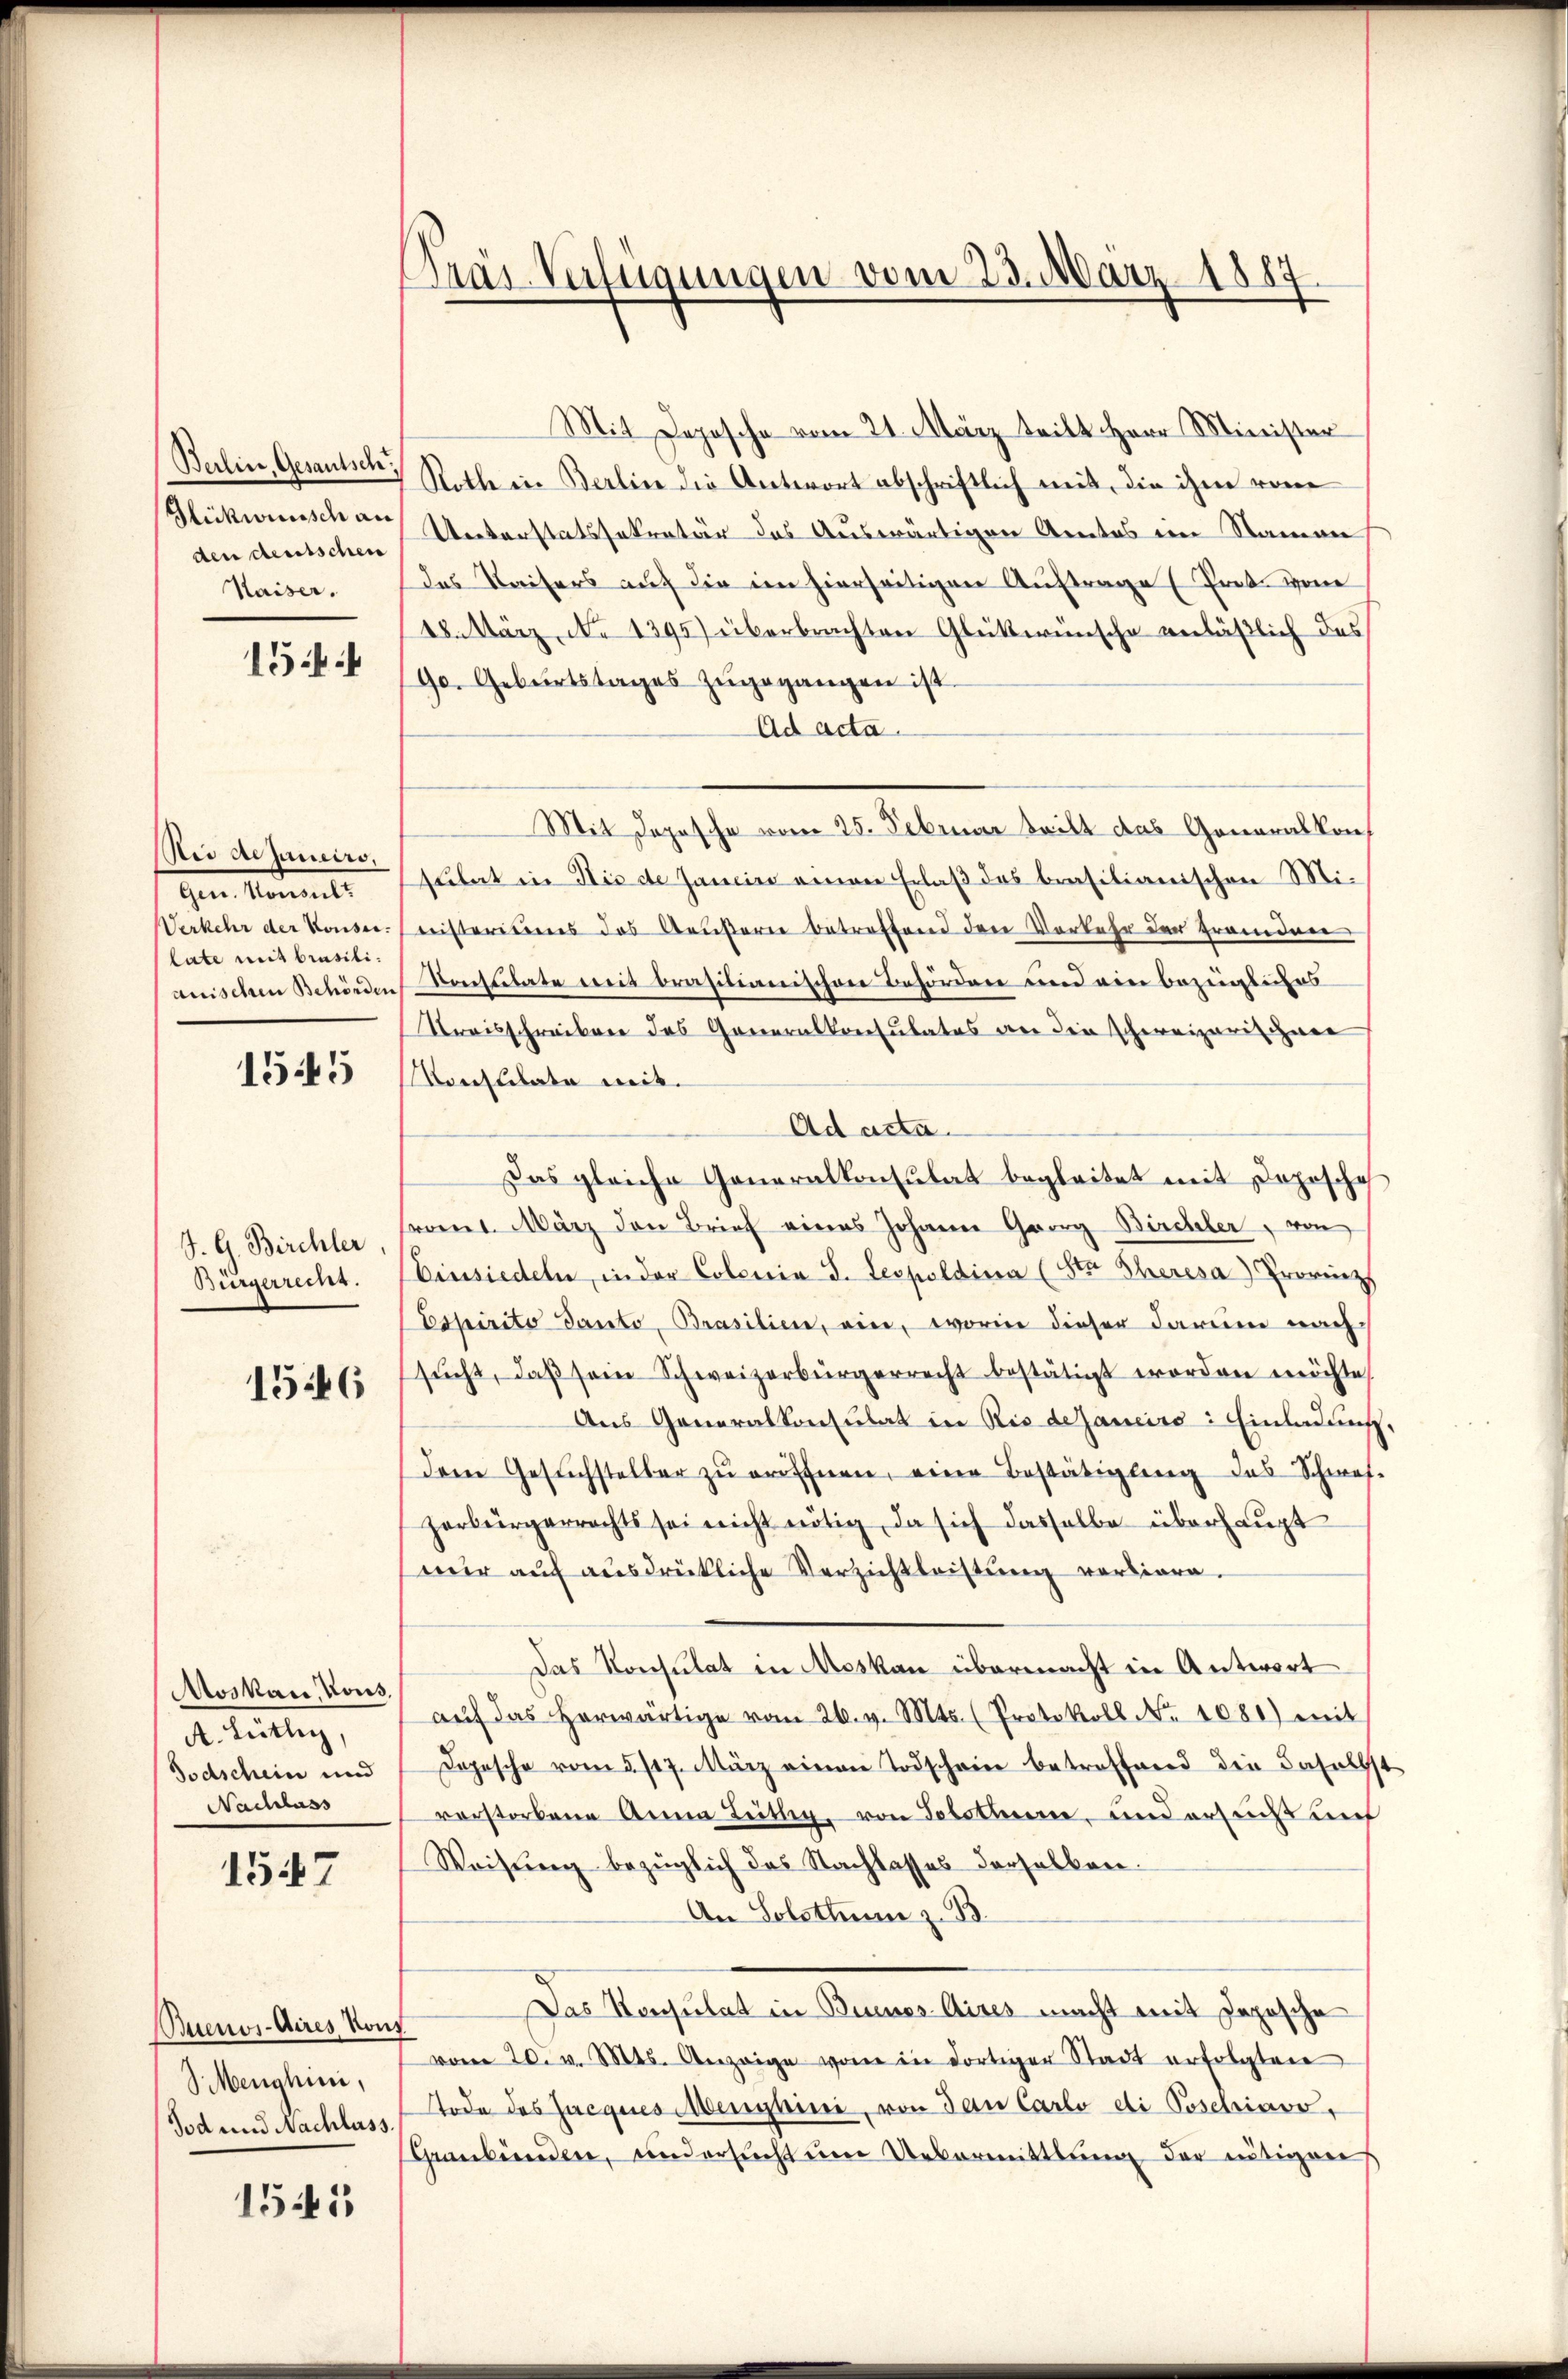
Berlin, Gesantsch,
Glükwünsch an
den deutschen
Kaiser.

154

Bei dejanciro.
gem. Kammel
Verkehr der Konse-
late mit brasiliauischen Behörder

1545

J. G. Birchler.
Bürgerrecht.

1546

Moskau, Kous,
A. Linthey,
Todschein und
Nachlass

1547

Buenos-Aires von
Senghini,
Tod und Nachlass.

155

Pras Verfügungen vom 23. März 1887

Mit Deposche vom 21. März teilt Herr Minister
Rothe in Berlin die Antwort abschriftlich mit, die ihme von
Unterstatssekretär das Auswärtigen Arnetes im Namen
das Kaisers auf die im hierseitigen Auftrage (Prot. von
18. März, No 1395) überbrachten Glükwünsche verläßlich das
90. Geburtstages zŭgegangen ist.
Ad acta.
Mit Dopische vom 25. Februar teilt das Generalkon
sulat in die de Janein einen Erlaß des brasilianischen Minristeriums das Aeußere betreffend den Vorkehr der Grandner
Konsulate mit brasilianischen Behörden und ein bezügliches
Streisschreiben das Generalkonsulates an die schweizerischwer
Konflikte mit
Ad acta.
Das gleiche Generalkonsulat begleitet mit Deposche
romt. März den Brief eines Johann Georg Birchler, von
Einsiedeln, in der Colonia d. Leopoldina (Str. Theresa) Provinz
Espirito Ganto, Brasilien, ein, worin dieser darum nach
sŭcht, daβ sein Schweizerbürgerrecht bestätigt worden möchte
Aus Generalkonsulat in Rio dejaneiro : Einladung,
dem Gesŭchsteller zŭ eröffnen, eine Bestätigung des Schmes-
zerbürgerrechts sei nicht nötig, da sich dasselbe überhaupt
nur auf ausdrückliche Verzichtleistung vorliere.
Das Konsulat in Moskau übermacht in Antwort
aŭf das herwärtige vom 26. v. Mts. (Protokoll No 1080) mit
Dopesche vom 5. 117. März einen Todschein betroffend die Baselbst
vorstorbene Anna Lüthig, von Solothur, und ersucht und
Weisung bezüglich das Nachlasses derselben.
An Solothurn z. B.
Das Konsulat in Buenos Aires macht mit Japosche
vom 20. v. Mts. Anzeige von in dortiger Stadt erfolgten
Tode des Jacques Menghini, von dan Carlo di Poschiavo,
Graubünden, und ersucht um Uebermittlung der nötigen